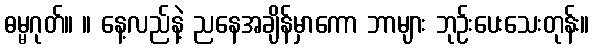
ဓမ္မဂုတ်။ ။ နေ့လည်နဲ့ ညနေအချိန်မှာကော ဘာများ ဘုဉ်းပေးသေးတုန်း။